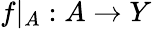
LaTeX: f|_{A}:A\to Y